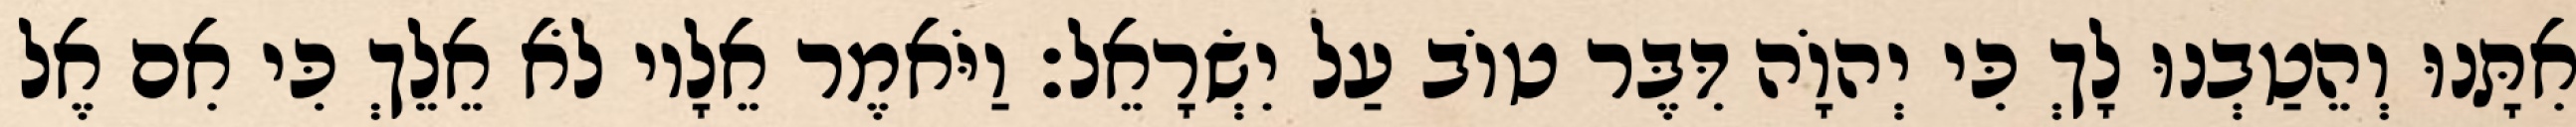
אִתָּנוּ וְהֵטַבְנוּ לָךְ כִּי יְהוָֹה דִּבֶּר טוֹב עַל יִשְׂרָאֵל׃ וַיֹּאמֶר אֵלָיו לֹא אֵלֵךְ כִּי אִם אֶל